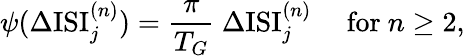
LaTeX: \psi(\Delta\mathrm{ISI}_{j}^{(n)})=\frac{\pi}{T_{G}}~\Delta\mathrm{ISI}_{j}^{(n)}~~~~~\mathrm{for}~n\geq 2,